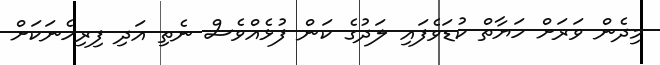
މިދެން ވަރަށް ހަޔާތް ކުޑަވެފައި ލަދުގެ ކަން ފުޅެއްވެސް ނެތި އަދި ފިރިހެނަކަށް